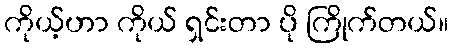
ကိုယ့်ဟာ ကိုယ် ရှင်းတာ ပို ကြိုက်တယ်။